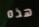
هذه